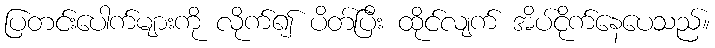
ပြတင်းပေါက်များကို လိုက်၍ ပိတ်ပြီး ထိုင်လျက် အိပ်ငိုက်နေပေသည်။